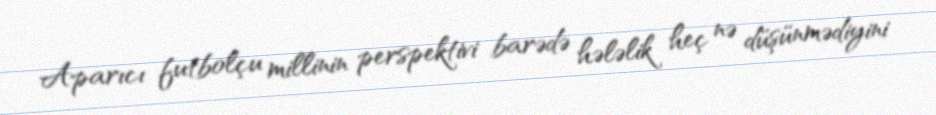
Aparıcı futbolçu millinin perspektivi barədə hələlik heç nə düşünmədiyini